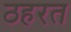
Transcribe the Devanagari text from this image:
ठहरत